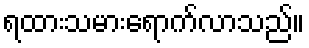
ရထားသမားရောက်လာသည်။